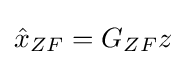
{\hat {x}}_{ZF}=G_{ZF}z